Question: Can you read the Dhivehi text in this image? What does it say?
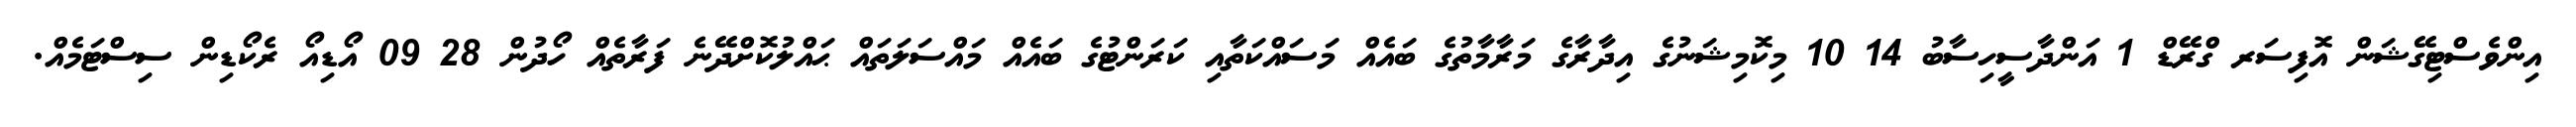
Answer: އިންވެސްޓިގޭޝަން އޮފިސަރ ގްރޭޑް 1 އަންދާސީހިސާބު 14 10 މިކޮމިޝަނުގެ އިދާރާގެ މަރާމާތުގެ ބައެއް މަސައްކަތާއި ކަރަންޓުގެ ބައެއް މައްސަލަތައް ޙައްލުކޮށްދޭނެ ފަރާތެއް ހޯދުން 28 09 އޯޑިއޯ ރެކޯޑިން ސިސްޓަމެއް.